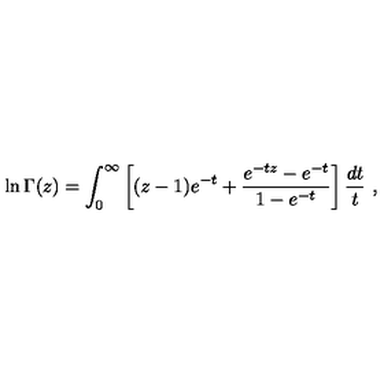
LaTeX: \ln \Gamma ( z ) = \int _ { 0 } ^ { \infty } \left[ ( z - 1 ) e ^ { - t } + \frac { e ^ { - t z } - e ^ { - t } } { 1 - e ^ { - t } } \right] \frac { d t } { t } \ ,